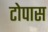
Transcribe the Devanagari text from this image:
टोपास